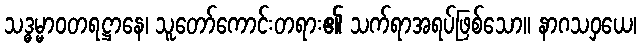
သဒ္ဓမ္မာဝတရဋ္ဌာနေ၊ သူတော်ကောင်းတရား၏ သက်ရာအရပ်ဖြစ်သော။ နာဂသဝှယေ၊